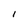
Character: i